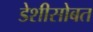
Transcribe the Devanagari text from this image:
डेशीसोबत